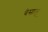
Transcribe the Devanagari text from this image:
बेसालू